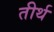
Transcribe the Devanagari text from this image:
तीर्थ